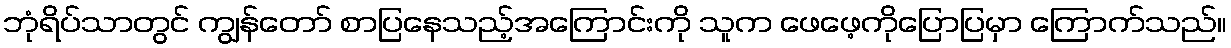
ဘုံရိပ်သာတွင် ကျွန်တော် စာပြနေသည့်အကြောင်းကို သူက ဖေဖေ့ကိုပြောပြမှာ ကြောက်သည်။